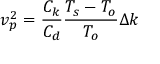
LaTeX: v _ { p } ^ { 2 } = { \frac { C _ { k } } { C _ { d } } } { \frac { T _ { s } - T _ { o } } { T _ { o } } } \Delta k